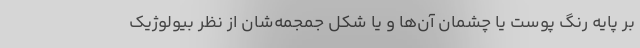
بر پایه رنگ پوست یا چشمان آن‌ها و یا شکل جمجمه‌شان از نظر بیولوژیک